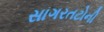
સાગરતટોની